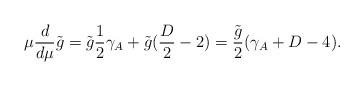
LaTeX: \begin{align*} \mu\frac{d}{d\mu}\tilde g = \tilde g\frac 12 \gamma_A+\tilde g(\frac D2-2)=\frac{\tilde g}{2}(\gamma_A+D-4).\end{align*}